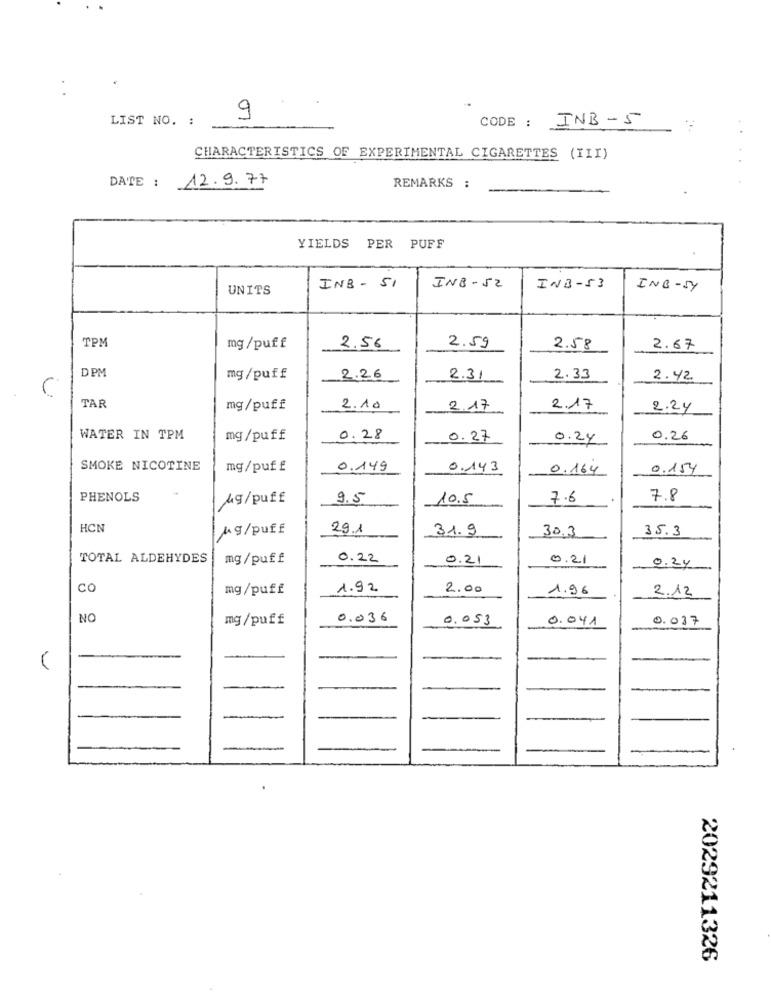
9
LIST NO. :
CODE: INB-5
CHARACTERISTICS OF EXPERIMENTAL CIGARETTES (III)
DATE : 12.9.77
REMARKS :
YIELDS PER PUFF
UNITS
INB - 51
INB-52
INB-53
INB-54
TPM
2.59
mg /puff
2.56
2.58
2.67
DPM
mg/puff
2.26
2.31
2.33
2.42
TAR
mg/puff
2.10
2.17
2.17
2.24
WATER IN TPM
mg/puff
0.28
0.27
0.24
0.26
SMOKE NICOTINE
mg/puff
0.149
0.143
0.164
0.154
PHENOLS
Mg/puff
9.5
10.5
7.6
7.8
HCN
Mg/puff
29.1
31.9
30.3
35.3
TOTAL ALDEHYDES
mg/puff
0.22
0.2
0.21
0.34
CO
mg/puff
1.92
2.00
1.96
2.12
NO
mg /puff
0.036
0.053
0.041
0.037
-
-
2029211326